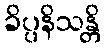
ခိပ္ပနိသန္တိ